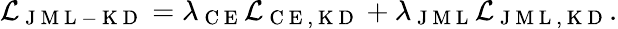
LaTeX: \mathcal{L}_{\mathrm{~J~M~L~-~K~D~}}=\lambda_{\mathrm{~C~E~}}\mathcal{L}_{\mathrm{~C~E~,~K~D~}}+\lambda_{\mathrm{~J~M~L~}}\mathcal{L}_{\mathrm{~J~M~L~,~K~D~}}.